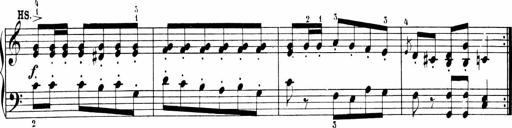
Title: 6 Sonatinas
Composer: Carl Reinecke